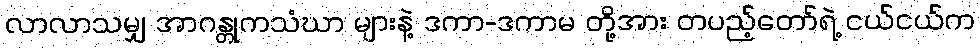
လာလာသမျှ အာဂန္တုကသံဃာ များနဲ့ ဒကာ-ဒကာမ တို့အား တပည့်တော်ရဲ့ ငယ်ငယ်က